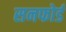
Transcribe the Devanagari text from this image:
सनफोर्ड